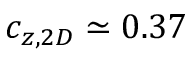
c _ { z , 2 D } \simeq 0 . 3 7